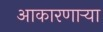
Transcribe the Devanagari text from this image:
आकारणार्‍या